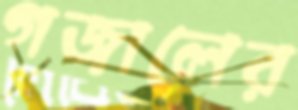
গজালের